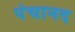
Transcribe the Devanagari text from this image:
पंचानद